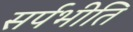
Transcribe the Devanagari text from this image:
सर्पभीति